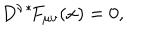
D ^ { \nu } { } ^ { * } \! F _ { \mu \nu } ( x ) = 0 ,